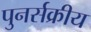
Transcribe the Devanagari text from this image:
पुनर्सक्रीय